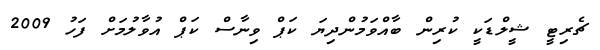
ޗެރިޓީ ޝީލްޑަކީ ކުރިން ބާއްވަމުންދިޔަ ކަޕް ވިނާސް ކަޕް އުވާލުމަށް ފަހު 2009